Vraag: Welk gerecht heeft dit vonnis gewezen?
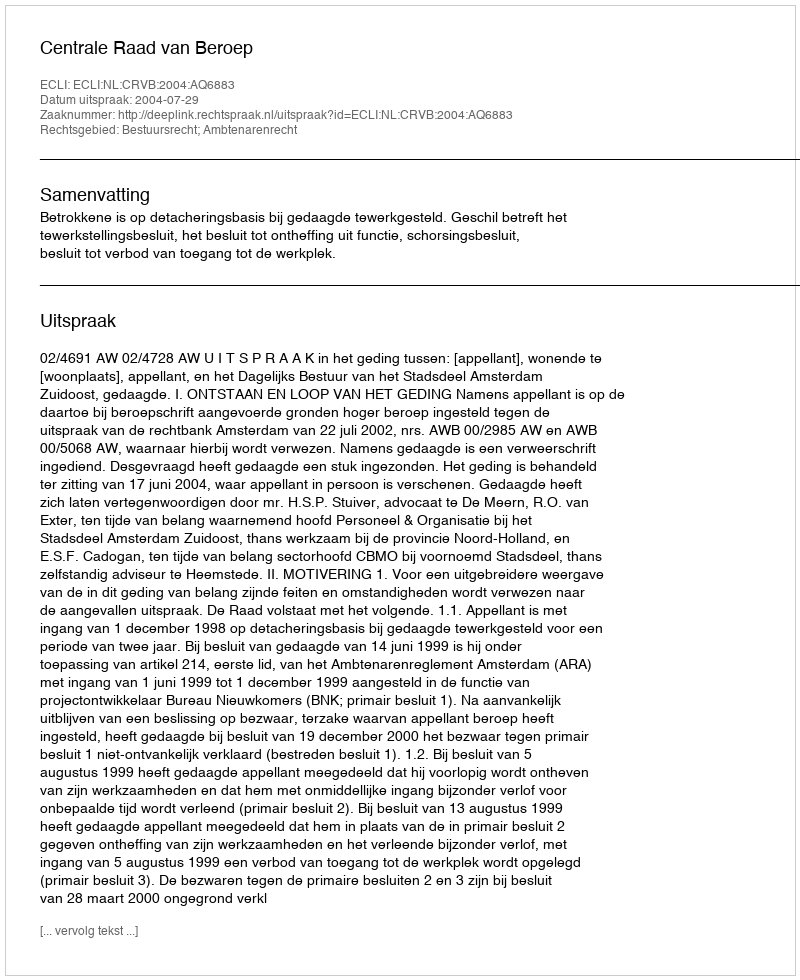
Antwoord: Centrale Raad van Beroep